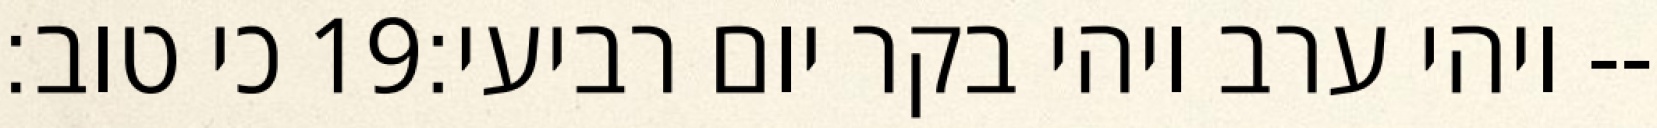
כי טוב׃ ‎19‏ ויהי ערב ויהי בקר יום רביעי׃--